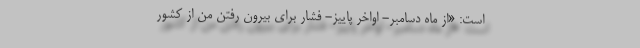
است: «از ماه دسامبر- اواخر پاییز- فشار برای بیرون رفتن من از کشور